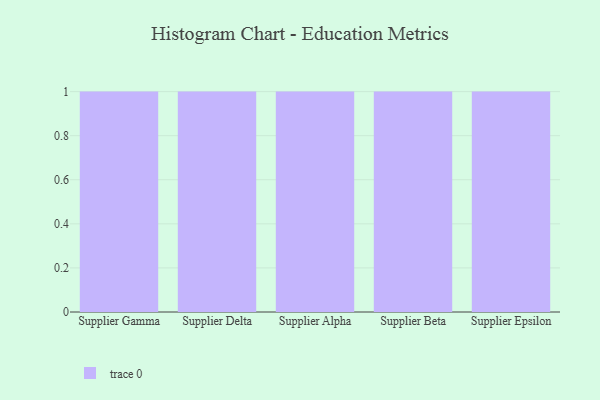
{"axis": {"x": "Supplier", "y": "Production Output"}, "legend": [""], "data": [{"x": "Supplier Gamma", "y": 63, "type": ""}, {"x": "Supplier Delta", "y": 45, "type": ""}, {"x": "Supplier Alpha", "y": 87, "type": ""}, {"x": "Supplier Beta", "y": 71, "type": ""}, {"x": "Supplier Epsilon", "y": 1, "type": ""}]}